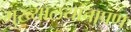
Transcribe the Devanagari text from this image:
मुख्यालयांचापण